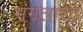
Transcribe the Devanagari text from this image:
मंगलाशा